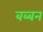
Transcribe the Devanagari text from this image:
बब्‍बन